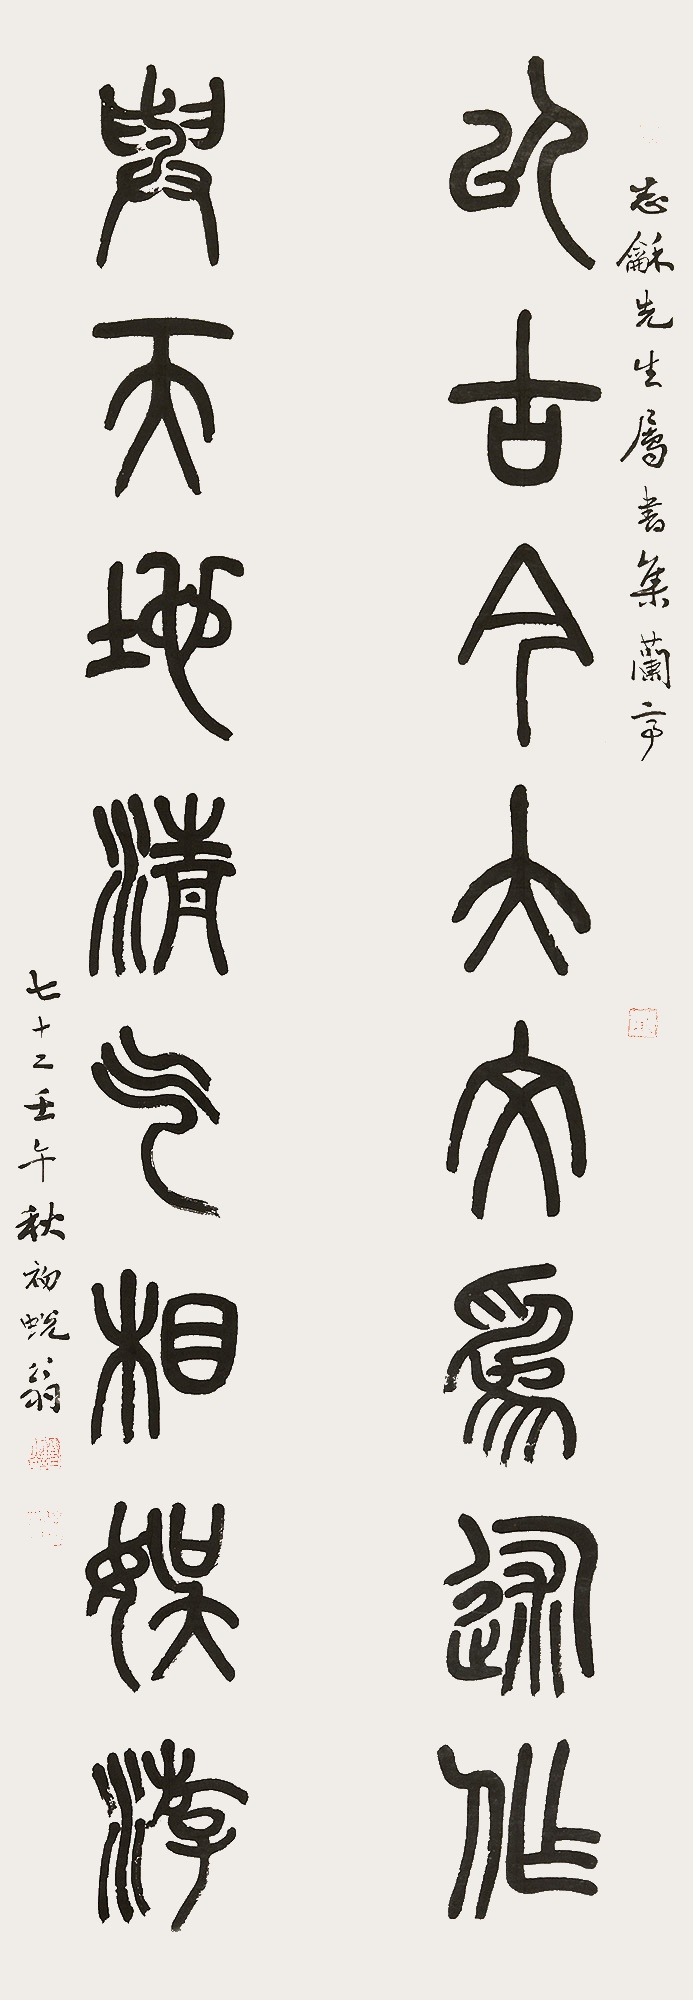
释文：以古今大文为述作，与天地清气相娱游。志龢先生属书，集兰亭。七十二，壬午秋初，蜕翁。